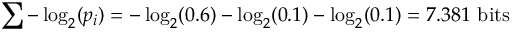
\sum - \log _ { 2 } ( p _ { i } ) = - \log _ { 2 } ( 0 . 6 ) - \log _ { 2 } ( 0 . 1 ) - \log _ { 2 } ( 0 . 1 ) = 7 . 3 8 1 { \mathrm { ~ b i t s } }